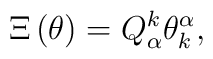
\Xi\left(\theta\right) = Q_\alpha^k\theta_k^\alpha ,